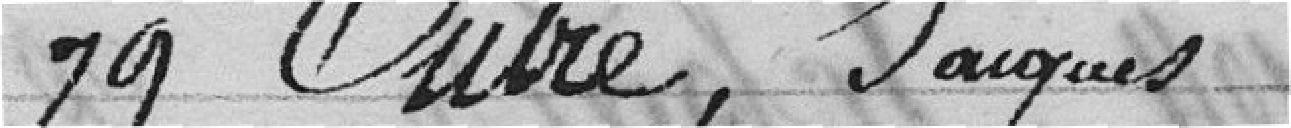
79 Outre, Jacques